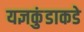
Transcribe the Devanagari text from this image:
यज्ञकुंडाकडे